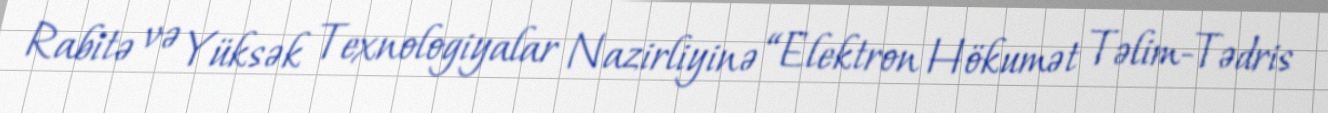
Rabitə və Yüksək Texnologiyalar Nazirliyinə “Elektron Hökumət Təlim-Tədris